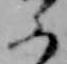
ふ